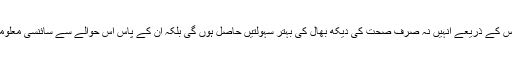
وہ کہتی ہیں اس ڈیٹا بیس کے ذریعے انہیں نہ صرف صحت کی دیکھ بھال کی بہتر سہولتیں حاصل ہوں گی بلکہ ان کے پاس اس حوالے سے سائنسی معلومات بھی زیادہ ہوں گی۔